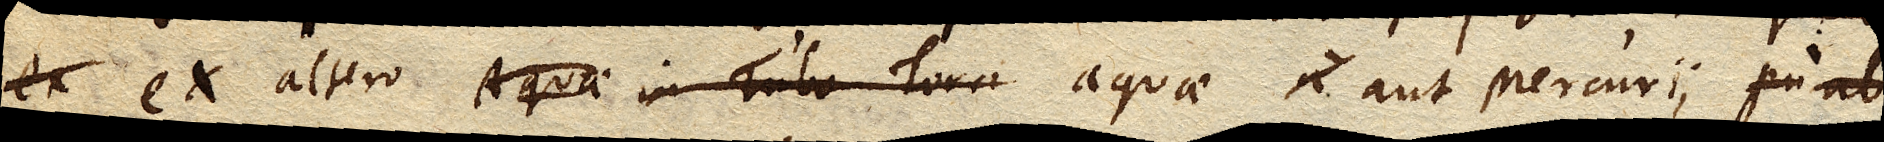
ex ex altero Aquae in Tubo Torri aquae aut Mercurii